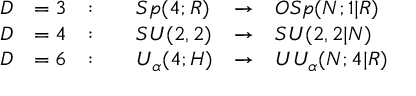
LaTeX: \begin{array} { l l l l l l } { { \displaystyle D } } & { { = 3 } } & { { : \quad } } & { { S p ( 4 ; R ) } } & { { \to } } & { { O S p ( N ; 1 | R ) } } \\ { { \displaystyle D } } & { { = 4 } } & { { : \quad } } & { { S U ( 2 , 2 ) } } & { { \to } } & { { S U ( 2 , 2 | N ) } } \\ { { \displaystyle D } } & { { = 6 } } & { { : \quad } } & { { U _ { \alpha } ( 4 ; H ) } } & { { \to } } & { { U U _ { \alpha } ( N ; 4 | R ) } } \end{array}